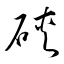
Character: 硤